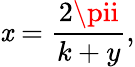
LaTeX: \mathit{x}={\frac{{2\pii}}{{k+y}}},